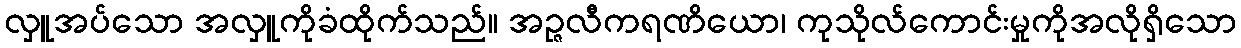
လှူအပ်သော အလှူကိုခံထိုက်သည်။ အဉ္ဇလီကရဏိယော၊ ကုသိုလ်ကောင်းမှုကိုအလိုရှိသော